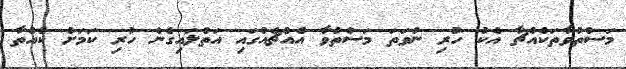
މަސްތުވާތަކެއްޗާ އެކު ހުރި ނުވަތަ މަސްތުވާ އެއްޗެއްގައި އަތްލައިގެން ހުރި ކަމަށް ކުއްތާ